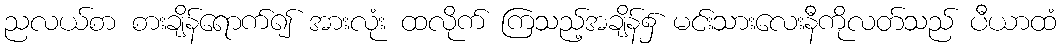
ညလယ်စာ စားချိန်ရောက်၍ အားလုံး ထလိုက် ကြသည့်အချိန်၌ မင်းသားလေးနီကိုလတ်သည် ပီယာထံ